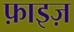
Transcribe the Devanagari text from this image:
फ़ाइज़